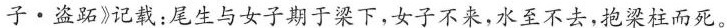
子·盗跖》记载；尾生与女子期于梁下，女子不来，水不去，抱梁柱而死。